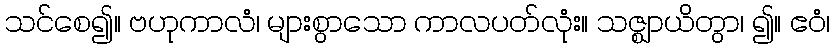
သင်စေ၍။ ဗဟုကာလံ၊ များစွာသော ကာလပတ်လုံး။ သဇ္ဈာယိတွာ၊ ၍။ ဧဝံ၊